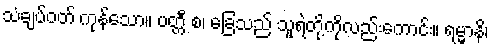
သံချပ်ဝတ် ကုန်သော။ ပတ္တီ စ၊ ခြေသည် သူရဲတို့ကိုလည်းကောင်း။ ရမ္မာနိ၊